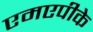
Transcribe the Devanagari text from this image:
एमएपीके